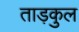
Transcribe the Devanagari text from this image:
ताड़कुल